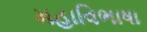
મહાવિભાષા